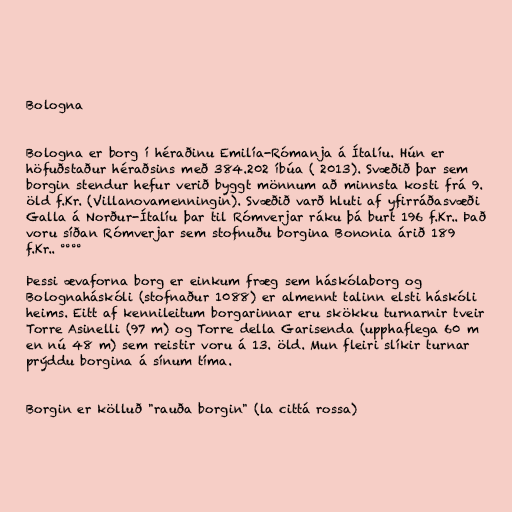
Bologna

Bologna er borg í héraðinu Emilía-Rómanja á Ítalíu. Hún er
höfuðstaður héraðsins með 384.202 íbúa ( 2013). Svæðið þar sem
borgin stendur hefur verið byggt mönnum að minnsta kosti frá 9.
öld f.Kr. (Villanovamenningin). Svæðið varð hluti af yfirráðasvæði
Galla á Norður-Ítalíu þar til Rómverjar ráku þá burt 196 f.Kr.. Það
voru síðan Rómverjar sem stofnuðu borgina Bononia árið 189
f.Kr.. °°°°

Þessi ævaforna borg er einkum fræg sem háskólaborg og
Bolognaháskóli (stofnaður 1088) er almennt talinn elsti háskóli
heims. Eitt af kennileitum borgarinnar eru skökku turnarnir tveir
Torre Asinelli (97 m) og Torre della Garisenda (upphaflega 60 m
en nú 48 m) sem reistir voru á 13. öld. Mun fleiri slíkir turnar
prýddu borgina á sínum tíma.

Borgin er kölluð "rauða borgin" (la cittá rossa)